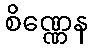
စိဏ္ဏေန